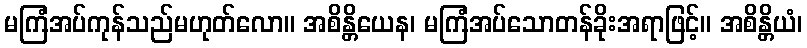
မကြံအပ်ကုန်သည်မဟုတ်လော။ အစိန္တိယေန၊ မကြံအပ်သောတန်ခိုးအရာဖြင့်။ အစိန္တိယံ၊